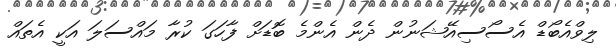
ލިވްއެބޯޑް އެސޯސިއޭޝަނުން ދެން އެންމެ ބޮޑަށް ފާހަގަ ކުރާ މައްސަލަ އަކީ އެތައް